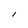
Character: I